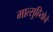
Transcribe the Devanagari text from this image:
मात्सुहितोचे